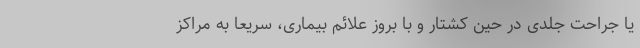
یا جراحت جلدی در حین کشتار و با بروز علائم بیماری، سریعا به مراکز